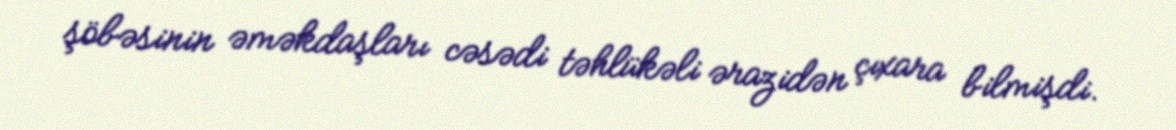
şöbəsinin əməkdaşları cəsədi təhlükəli ərazidən çıxara bilmişdi.